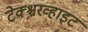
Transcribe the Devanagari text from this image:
टेक्श्चरव्हाइट